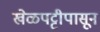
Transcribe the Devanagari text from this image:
खेळपट्टीपासून